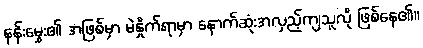
နန်းမွှေး၏ အဖြစ်မှာ မဲနှိုက်ရာမှာ နောက်ဆုံးအလှည့်ကျသူလို ဖြစ်နေ၏။